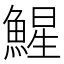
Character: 鯹